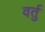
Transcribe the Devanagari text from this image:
वर्तु